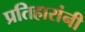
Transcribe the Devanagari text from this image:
प्रतिहारांनी